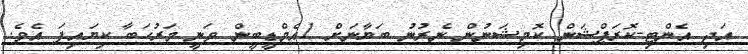
އަދި އެންޓި-ކޮރަޕްޝަން ކޮމިޝަނުން ނެރުނު ބަޔާނަށް 1އެމްޑީބީން ވަނީ މަރުހަބާ ކިޔައިފަ އެވެ.